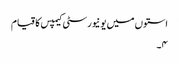
استوں میں یونیورسٹی کیمپس کا قیام
۴۔